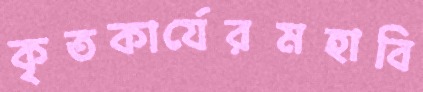
কৃতকার্যেরমহাবি